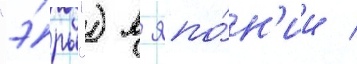
"э́ры") в япо́н'ии /